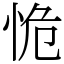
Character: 恑